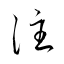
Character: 注